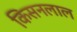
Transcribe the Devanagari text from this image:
किसनलाल